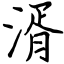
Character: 湑